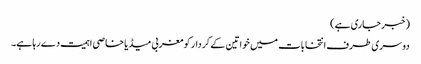
(خبر جاری ہے)
دوسری طرف انتخابات میں خواتین کے کردار کو مغربی میڈیا خاصی اہمیت دے رہا ہے۔